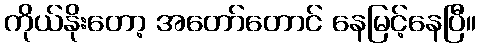
ကိုယ်နိုးတော့ အတော်တောင် နေမြင့်နေပြီ။